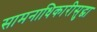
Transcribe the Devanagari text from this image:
सामनाधिकारीसुद्धा